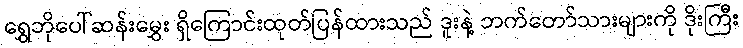
ရွှေဘိုပေါ်ဆန်းမွှေး ရှိကြောင်းထုတ်ပြန်ထားသည် ဒူးနဲ့ ဘက်တော်သားများကို ဒိုးကြီး